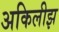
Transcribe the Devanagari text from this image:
अकिलीझ